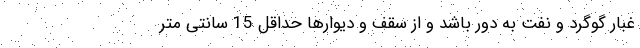
غبار گوگرد و نفت به دور باشد و از سقف و دیوارها حداقل 15 سانتی متر